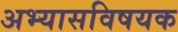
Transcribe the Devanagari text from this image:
अभ्यासविषयक